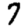
Digit: 7